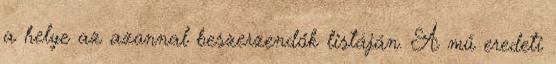
a helye az azonnal beszerzendők listáján. A mű eredeti